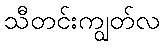
သီတင်းကျွတ်လ